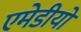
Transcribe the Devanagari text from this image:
एमेडीयो